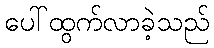
ပေါ်ထွက်လာခဲ့သည်